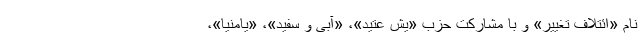
نام «ائتلاف تغییر» و با مشارکت حزب «یش عتید»، «آبی و سفید»، «یامنیا»،